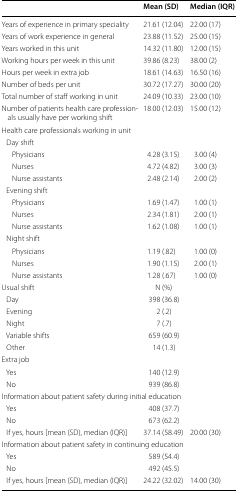
<table><thead><tr><td></td><td><b>Mean (SD)</b></td><td><b>Median (IQR)</b></td></tr></thead><tbody><tr><td>Years of experience in primary speciality</td><td>21.61 (12.04)</td><td>22.00 (17)</td></tr><tr><td>Years of work experience in general</td><td>23.88 (11.52)</td><td>25.00 (15)</td></tr><tr><td>Years worked in this unit</td><td>14.32 (11.80)</td><td>12.00 (15)</td></tr><tr><td>Working hours per week in this unit</td><td>39.86 (8.23)</td><td>38.00 (2)</td></tr><tr><td>Hours per week in extra job</td><td>18.61 (14.63)</td><td>16.50 (16)</td></tr><tr><td>Number of beds per unit</td><td>30.72 (17.27)</td><td>30.00 (20)</td></tr><tr><td>Total number of staff working in unit</td><td>24.09 (10.33)</td><td>23.00 (10)</td></tr><tr><td>Number of patients health care professionals usually have per working shift</td><td>18.00 (12.03)</td><td>15.00 (12)</td></tr><tr><td colspan="3">Health care professionals working in unit</td></tr><tr><td colspan="3"> Day shift</td></tr><tr><td>Physicians</td><td>4.28 (3.15)</td><td>3.00 (4)</td></tr><tr><td>Nurses</td><td>4.72 (4.82)</td><td>3.00 (3)</td></tr><tr><td>Nurse assistants</td><td>2.48 (2.14)</td><td>2.00 (2)</td></tr><tr><td colspan="3"> Evening shift</td></tr><tr><td>Physicians</td><td>1.69 (1.47)</td><td>1.00 (1)</td></tr><tr><td>Nurses</td><td>2.34 (1.81)</td><td>2.00 (1)</td></tr><tr><td>Nurse assistants</td><td>1.62 (1.08)</td><td>1.00 (1)</td></tr><tr><td colspan="3"> Night shift</td></tr><tr><td>Physicians</td><td>1.19 (.82)</td><td>1.00 (0)</td></tr><tr><td>Nurses</td><td>1.90 (1.15)</td><td>2.00 (1)</td></tr><tr><td>Nurse assistants</td><td>1.28 (.67)</td><td>1.00 (0)</td></tr><tr><td>Usual shift</td><td>N (%)</td><td></td></tr><tr><td> Day</td><td>398 (36.8)</td><td></td></tr><tr><td> Evening</td><td>2 (.2)</td><td></td></tr><tr><td> Night</td><td>7 (.7)</td><td></td></tr><tr><td> Variable shifts</td><td>659 (60.9)</td><td></td></tr><tr><td> Other</td><td>14 (1.3)</td><td></td></tr><tr><td colspan="3">Extra job</td></tr><tr><td> Yes</td><td>140 (12.9)</td><td></td></tr><tr><td> No</td><td>939 (86.8)</td><td></td></tr><tr><td colspan="3">Information about patient safety during initial education</td></tr><tr><td> Yes</td><td>408 (37.7)</td><td></td></tr><tr><td> No</td><td>673 (62.2)</td><td></td></tr><tr><td> If yes, hours [mean (SD), median (IQR)]</td><td>37.14 (58.49)</td><td>20.00 (30)</td></tr><tr><td colspan="3">Information about patient safety in continuing education</td></tr><tr><td> Yes</td><td>589 (54.4)</td><td></td></tr><tr><td> No</td><td>492 (45.5)</td><td></td></tr><tr><td> If yes, hours [mean (SD), median (IQR)]</td><td>24.22 (32.02)</td><td>14.00 (30)</td></tr></tbody></table>